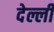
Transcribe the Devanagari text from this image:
देल्ली